65_HS1-834228961_62-HQ-83894_Section_8
Agency: FBI
Page 57
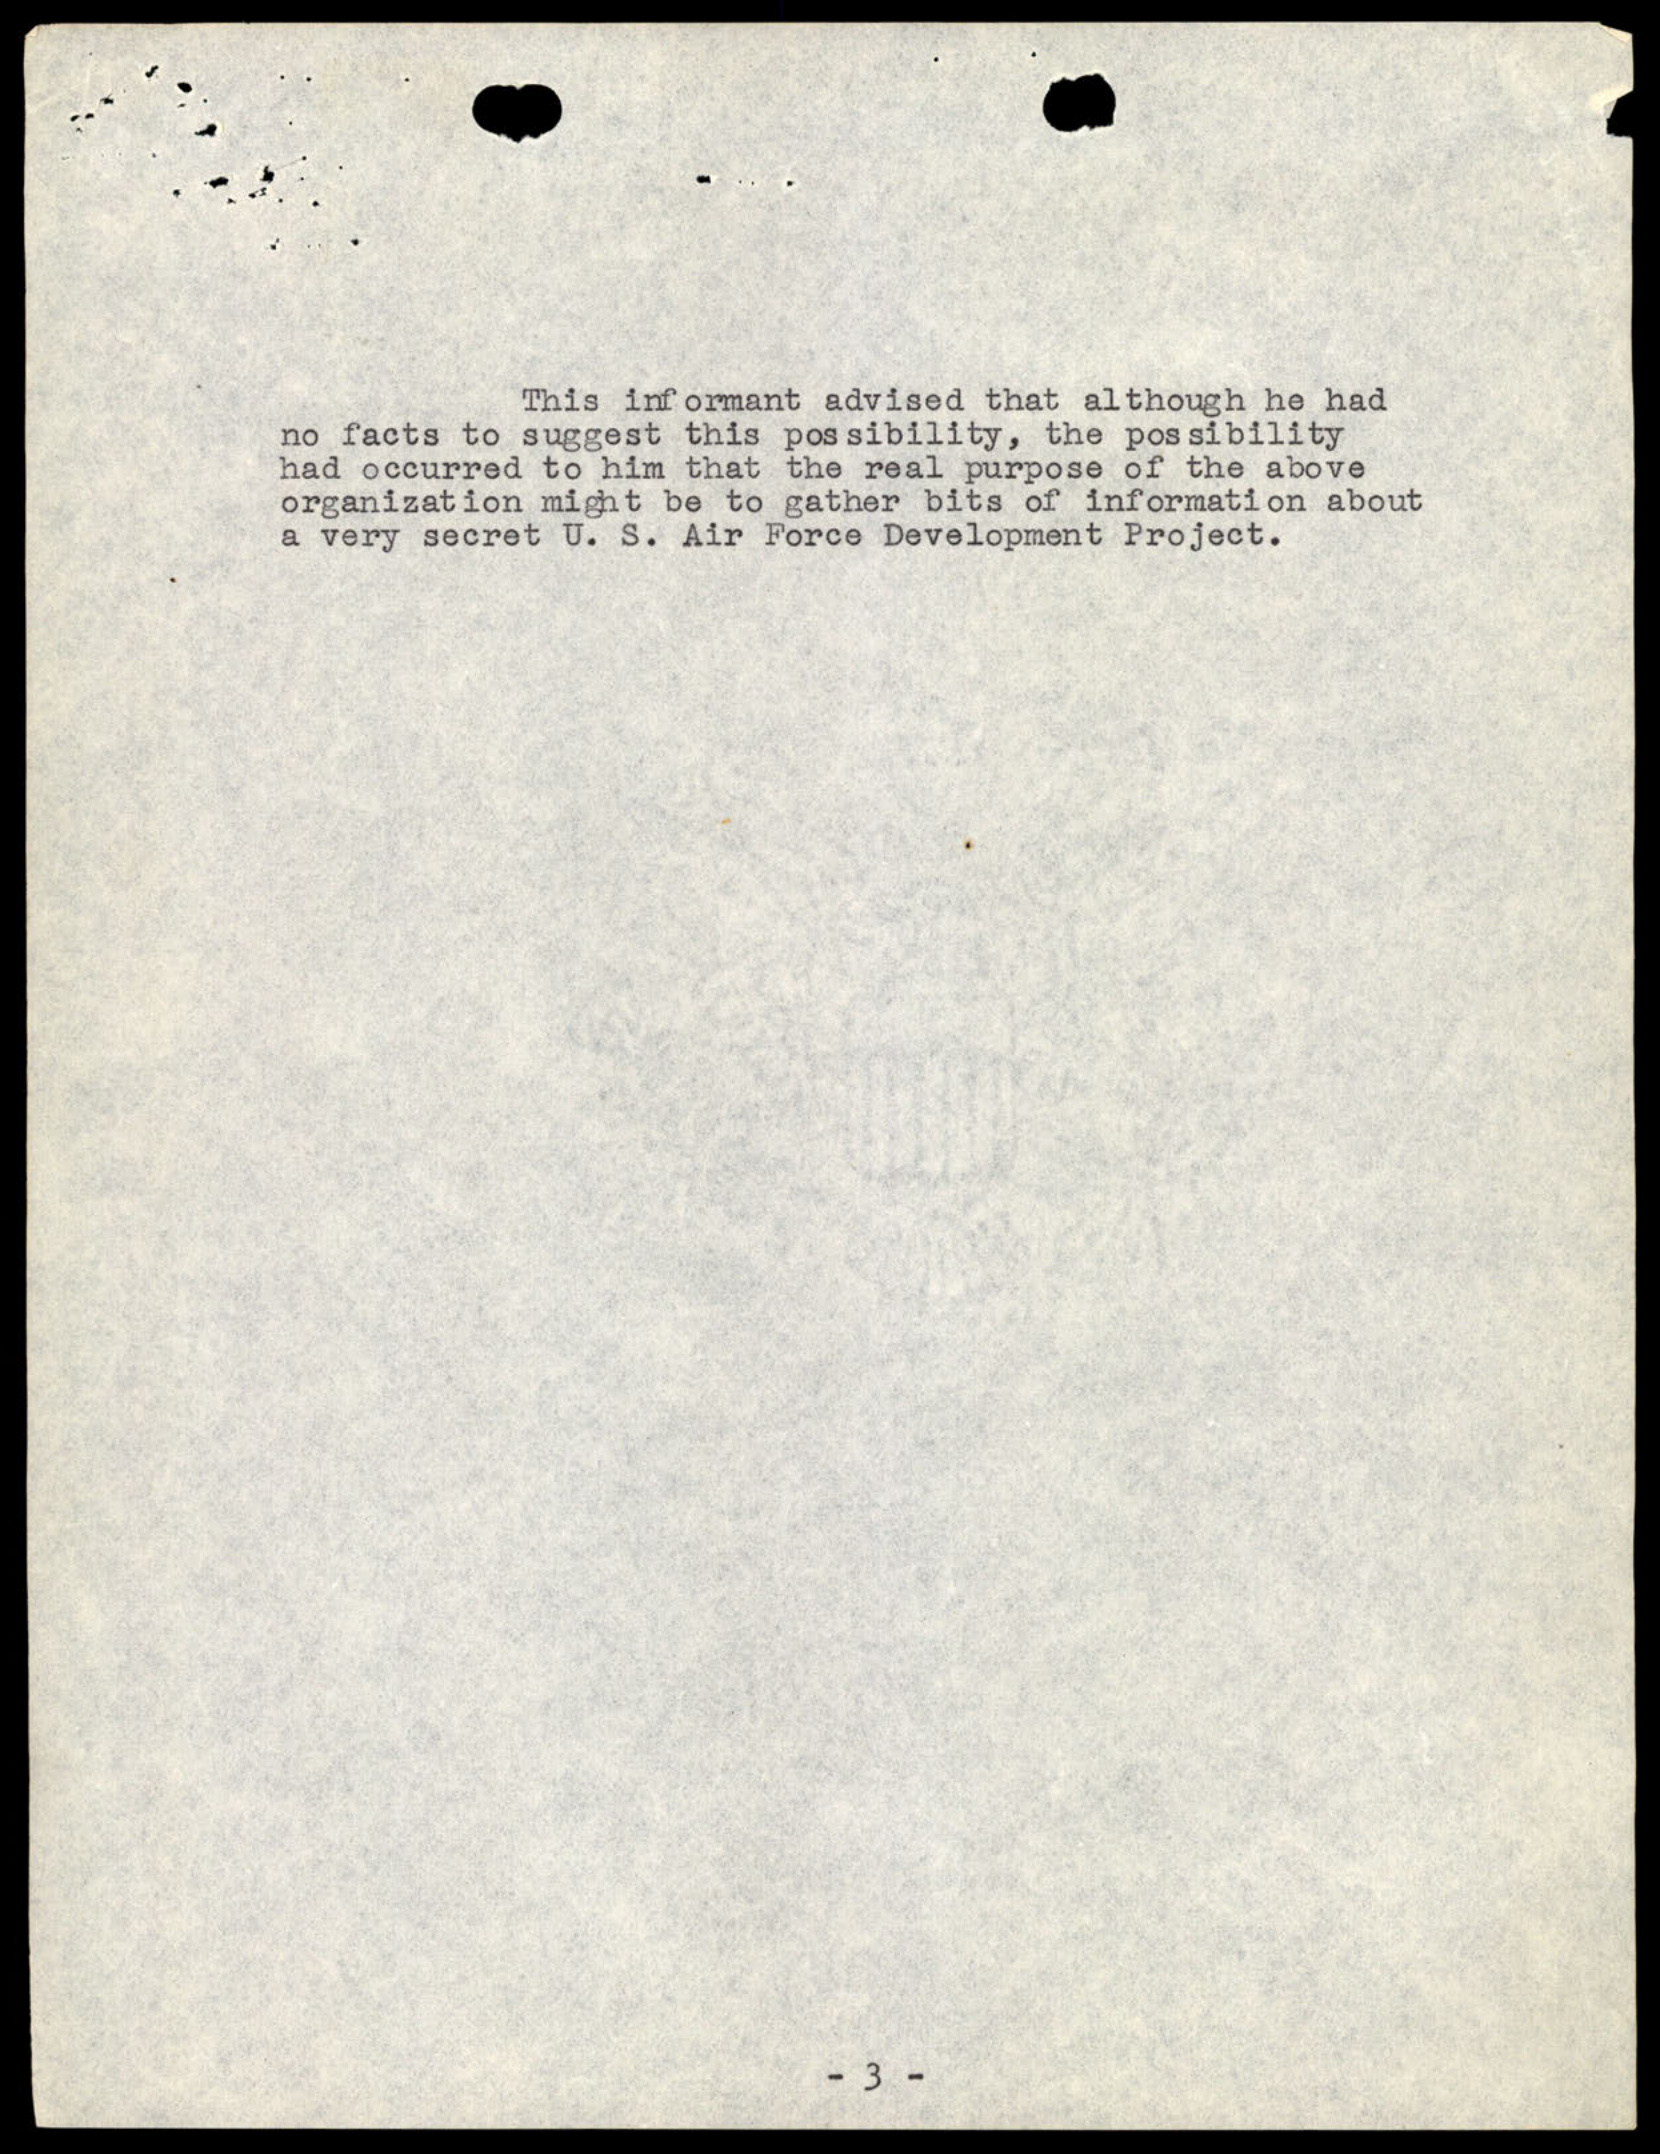